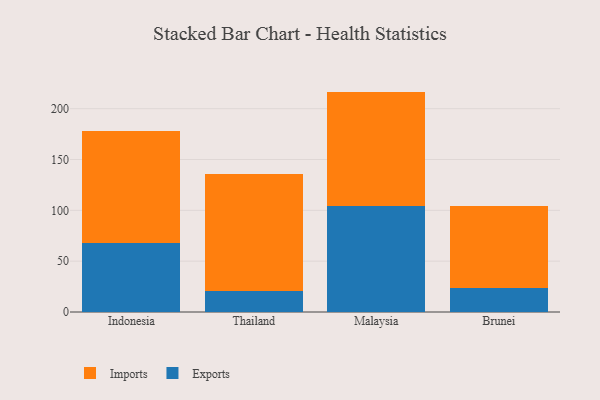
{"axis": {"x": "Country", "y": "Humidity (%)"}, "legend": ["Exports", "Imports"], "data": [{"x": "Indonesia", "y": 68.3, "type": "Exports"}, {"x": "Indonesia", "y": 110.1, "type": "Imports"}, {"x": "Thailand", "y": 20.7, "type": "Exports"}, {"x": "Thailand", "y": 115.0, "type": "Imports"}, {"x": "Malaysia", "y": 103.8, "type": "Exports"}, {"x": "Malaysia", "y": 113.0, "type": "Imports"}, {"x": "Brunei", "y": 23.7, "type": "Exports"}, {"x": "Brunei", "y": 80.3, "type": "Imports"}]}